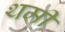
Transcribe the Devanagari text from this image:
थमी